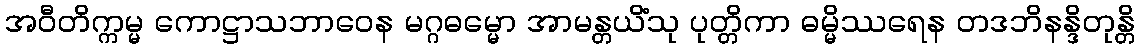
အဝီတိက္ကမ္မ ကောဋ္ဌာသဘာဝေန မဂ္ဂဓမ္မော အာမန္တယိံသု ပုတ္တိကာ ဓမ္မိဿရေန တဒဘိနန္ဒိတုန္တိ